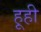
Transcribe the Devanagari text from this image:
हूही